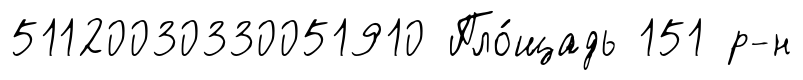
51120030330051910 Пло́щадь 151 р-н